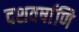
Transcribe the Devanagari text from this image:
दशवर्षाणि